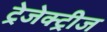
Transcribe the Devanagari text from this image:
ट्रेजेक्ट्रीज